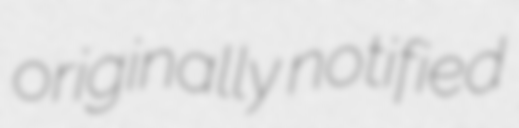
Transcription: originally notified